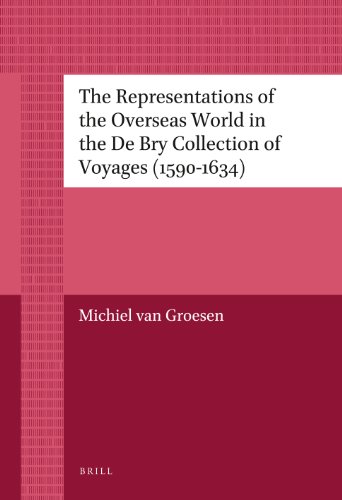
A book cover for The Representations of the Overseas World in the De Bry Collection of Voyages (1590-1634) (Brill's Paperback Collection); Literature & Fiction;